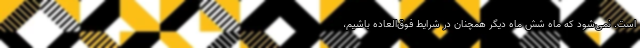
است. نمی‌شود که ماه شش ماه دیگر همچنان در شرایط فوق‌العاده باشیم،